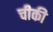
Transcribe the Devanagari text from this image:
चीकी